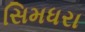
સિમધરા